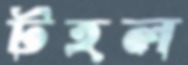
টহল